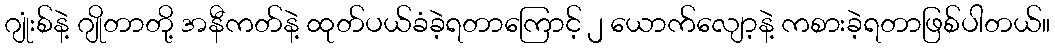
ဂျုံးစ်နဲ့ ဂျိုတာတို့ အနီကတ်နဲ့ ထုတ်ပယ်ခံခဲ့ရတာကြောင့် ၂ ယောက်လျော့နဲ့ ကစားခဲ့ရတာဖြစ်ပါတယ်။